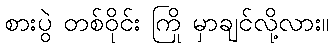
စားပွဲ တစ်ဝိုင်း ကြို မှာချင်လို့လား။